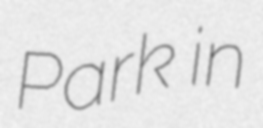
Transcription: Park in